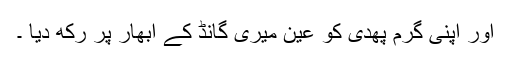
اور اپنی گرم پھدی کو عین میری گانڈ کے ابھار پر رکھ دیا ۔